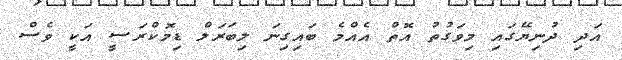
އަދި ދުނިޔޭގައި މިވަގުތު އޮތް އެއްމެ ބައިގިނަ ލިބަރަލް ޑިމޮކްރަސީ އަކީ ވެސް